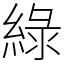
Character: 綠